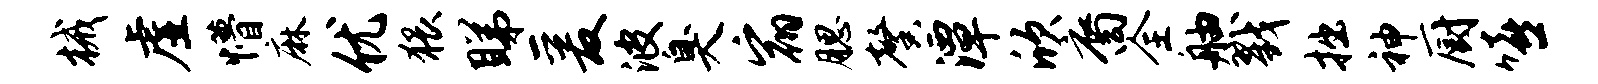
械虚懵麻优猥睇爰波臭宿腮馨潭欣裔全舳戮拙神厨嘻